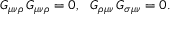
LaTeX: G _ { \mu \nu \rho } \, G _ { \mu \nu \rho } = 0 , \, \, \, \, G _ { \rho \mu \nu } \, G _ { \sigma \mu \nu } = 0 .